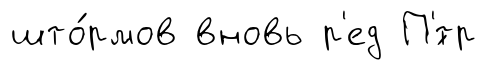
што́рмов вновь р'ед П'́тр